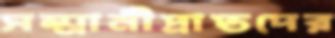
সম্মানীপ্রাপ্তদের